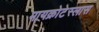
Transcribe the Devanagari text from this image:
मायक्रोटेस्लास